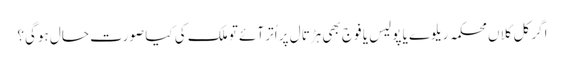
اگر کل کلاں محکمہ ریلوے یا پولیس یا فوج بھی ہڑتال پر اُتر آئے تو ملک کی کیا صورت حال ہوگی؟